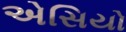
એસિયો